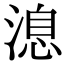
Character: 㴧